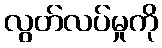
လွတ်လပ်မှုကို